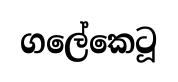
ගලේකෙටූ